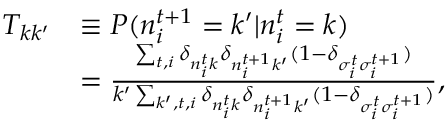
\begin{array} { r l } { T _ { k k ^ { \prime } } } & { \equiv P ( n _ { i } ^ { t + 1 } = k ^ { \prime } | n _ { i } ^ { t } = k ) } \\ & { = \frac { \sum _ { t , i } \delta _ { n _ { i } ^ { t } k } \delta _ { n _ { i } ^ { t + 1 } k ^ { \prime } } ( 1 - \delta _ { \sigma _ { i } ^ { t } \sigma _ { i } ^ { t + 1 } } ) } { k ^ { \prime } \sum _ { k ^ { \prime } , t , i } \delta _ { n _ { i } ^ { t } k } \delta _ { n _ { i } ^ { t + 1 } k ^ { \prime } } ( 1 - \delta _ { \sigma _ { i } ^ { t } \sigma _ { i } ^ { t + 1 } } ) } , } \end{array}